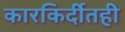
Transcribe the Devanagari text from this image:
कारकिर्दीतही